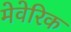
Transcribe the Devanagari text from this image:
मेवेरिक